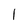
Character: l